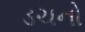
ડચનો